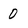
Character: 0